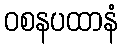
ဝစနပထာနံ